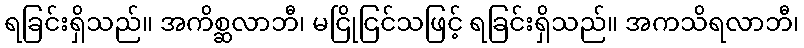
ရခြင်းရှိသည်။ အကိစ္ဆလာဘီ၊ မငြိုငြင်သဖြင့် ရခြင်းရှိသည်။ အကသိရလာဘီ၊